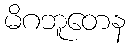
မိဂဘူတေန